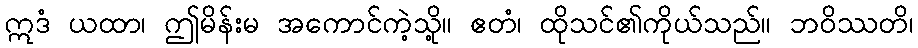
ဣဒံ ယထာ၊ ဤမိန်းမ အကောင်ကဲ့သို့။ ဧတံ၊ ထိုသင်၏ကိုယ်သည်။ ဘဝိဿတိ၊